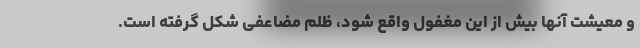
و معیشت آنها بیش از این مغفول واقع شود، ظلم مضاعفی شکل گرفته است.